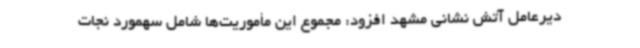
دیرعامل آتش نشانی مشهد افزود: مجموع این مأموریت‌ها شامل سهمورد نجات